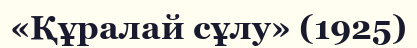
«Құралай сұлу» (1925)